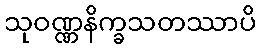
သုဝဏ္ဏနိက္ခသတဿာပိ